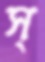
স্